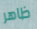
ظاهر